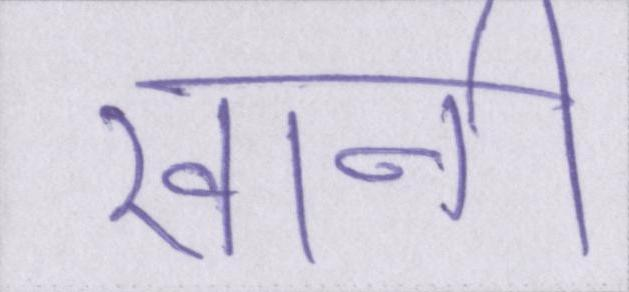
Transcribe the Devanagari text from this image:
खानी